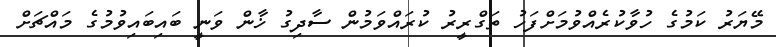
މޭޔަރު ކަމުގެ ހުވާކުރެއްވުމަށްފަހު ތަގްރީރު ކުރައްވަމުން ސާދިގު ޚާން ވަނީ ބައިބައިވުމުގެ މައްޗަށް